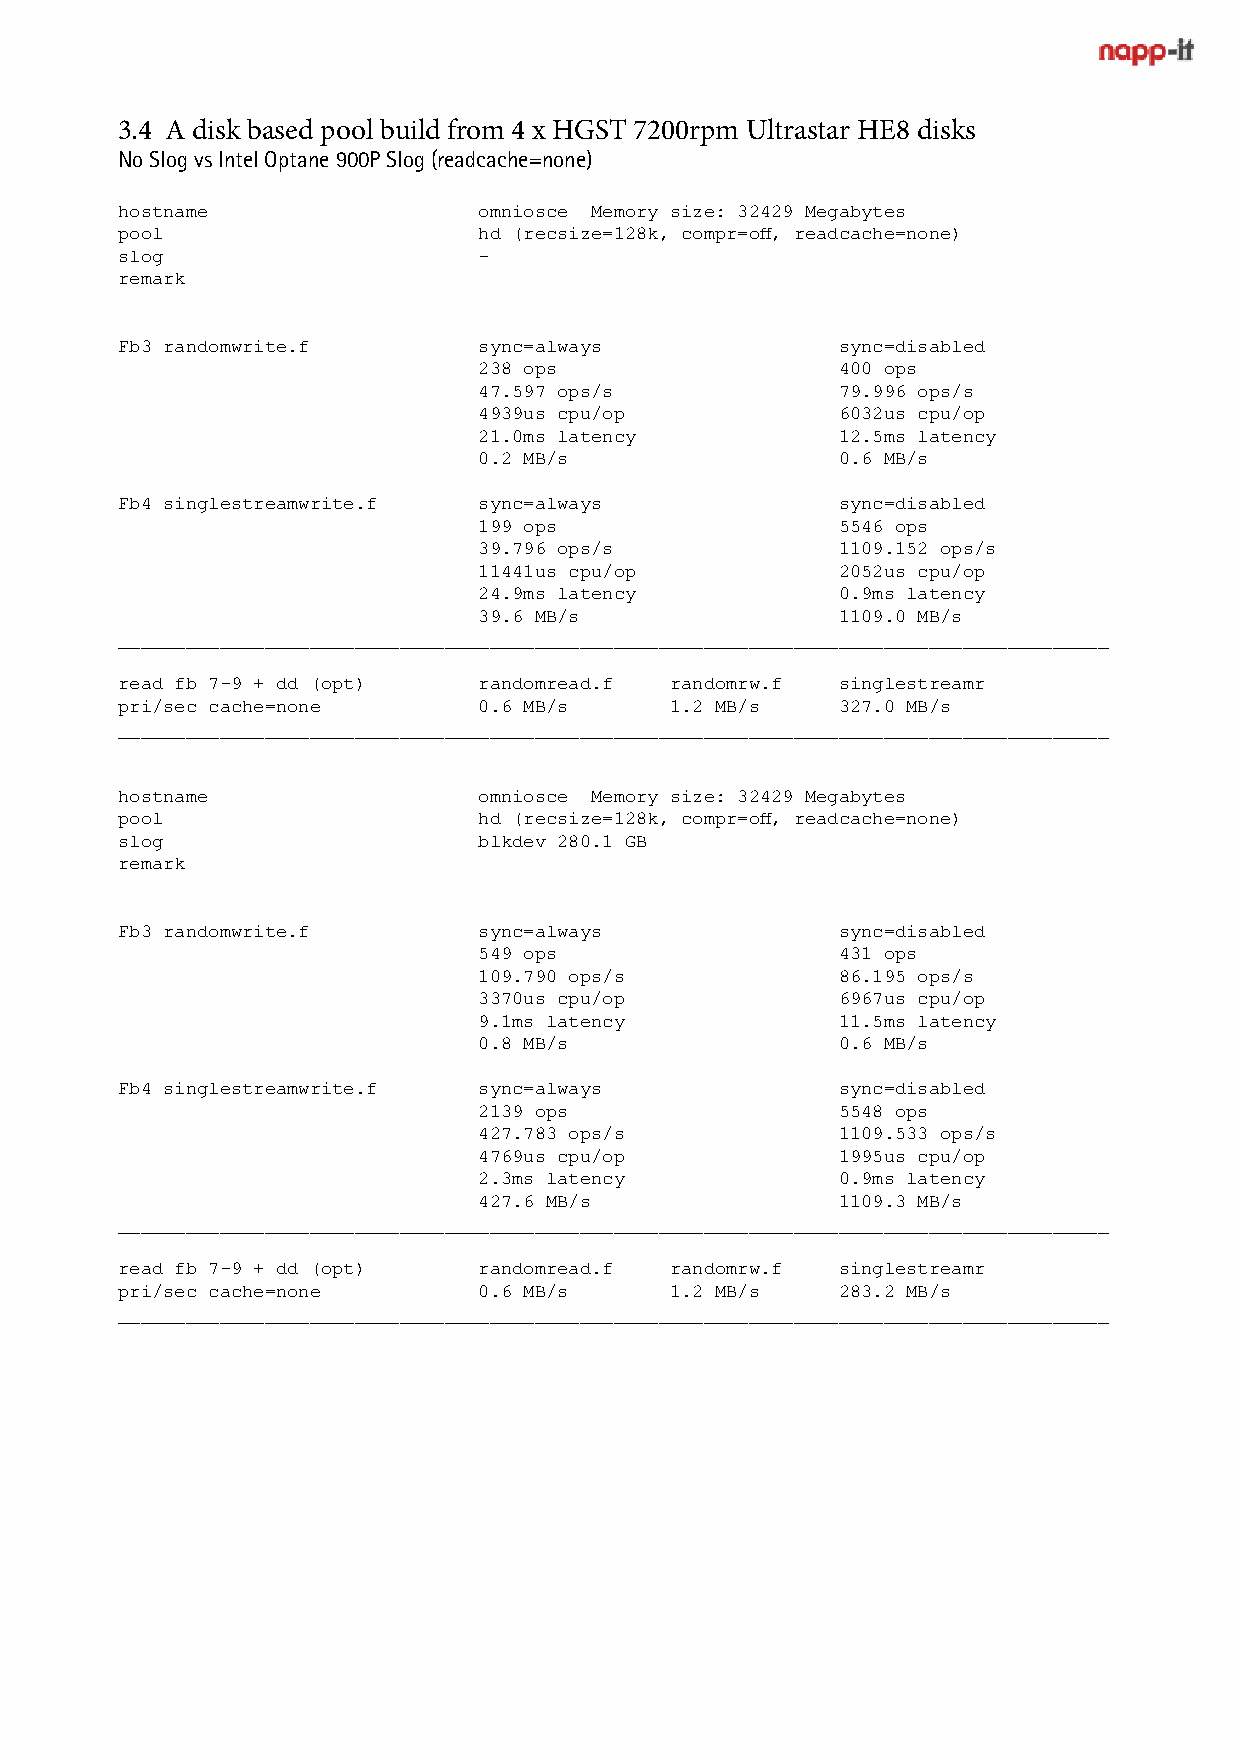
3.4 A disk based pool build from 4 x HGST 7200rpm Ultrastar HE8 disks
 No Slog vs Intel Optane 900P Slog (readcache=none)
 hostname                omniosce Memory size: 32429 Megabytes
 pool                    hd (recsize=128k, compr=off, readcache=none)
 slog                    -
 remark
 Fb3 randomwrite.f       sync=always            sync=disabled
 238 ops                400 ops
 47.597 ops/s           79.996 ops/s
 4939us cpu/op          6032us cpu/op
 21.0ms latency         12.5ms latency
 0.2 MB/s               0.6 MB/s
 Fb4 singlestreamwrite.f sync=always            sync=disabled
 199 ops                5546 ops
 39.796 ops/s           1109.152 ops/s
 11441us cpu/op         2052us cpu/op
 24.9ms latency         0.9ms latency
 39.6 MB/s              1109.0 MB/s
 ________________________________________________________________________________________
 read fb 7-9 + dd (opt)  randomread.f randomrw.f singlestreamr
 pri/sec cache=none      0.6 MB/s    1.2 MB/s   327.0 MB/s
 ________________________________________________________________________________________
 hostname                omniosce Memory size: 32429 Megabytes
 pool                    hd (recsize=128k, compr=off, readcache=none)
 slog                    blkdev 280.1 GB
 remark
 Fb3 randomwrite.f       sync=always            sync=disabled
 549 ops                431 ops
 109.790 ops/s          86.195 ops/s
 3370us cpu/op          6967us cpu/op
 9.1ms latency          11.5ms latency
 0.8 MB/s               0.6 MB/s
 Fb4 singlestreamwrite.f sync=always            sync=disabled
 2139 ops               5548 ops
 427.783 ops/s          1109.533 ops/s
 4769us cpu/op          1995us cpu/op
 2.3ms latency          0.9ms latency
 427.6 MB/s             1109.3 MB/s
 ________________________________________________________________________________________
 read fb 7-9 + dd (opt)  randomread.f randomrw.f singlestreamr
 pri/sec cache=none      0.6 MB/s    1.2 MB/s   283.2 MB/s
 ________________________________________________________________________________________